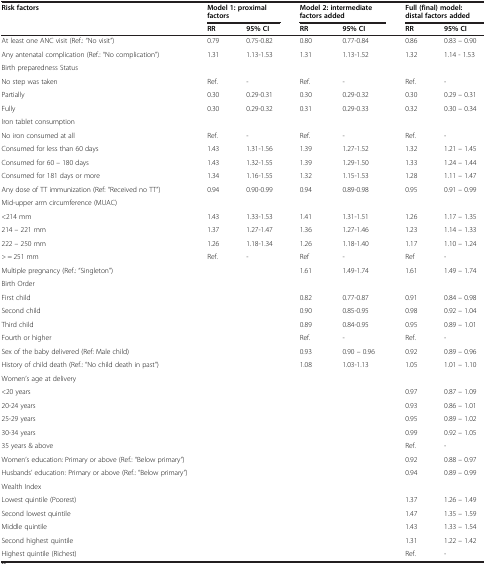
<table><thead><tr><td rowspan="2"><b>Risk factors</b></td><td colspan="2"><b>Model 1: proximal factors</b></td><td colspan="2"><b>Model 2: intermediate factors added</b></td><td colspan="2"><b>Full (final) model: distal factors added</b></td></tr><tr><td><b>RR</b></td><td><b>95% CI</b></td><td><b>RR</b></td><td><b>95% CI</b></td><td><b>RR</b></td><td><b>95% CI</b></td></tr></thead><tbody><tr><td>At least one ANC visit (Ref.: “No visit”)</td><td>0.79</td><td>0.75-0.82</td><td>0.80</td><td>0.77-0.84</td><td>0.86</td><td>0.83 – 0.90</td></tr><tr><td>Any antenatal complication (Ref.: “No complication”)</td><td>1.31</td><td>1.13-1.53</td><td>1.31</td><td>1.13-1.52</td><td>1.32</td><td>1.14 - 1.53</td></tr><tr><td>Birth preparedness Status</td><td> </td><td> </td><td> </td><td> </td><td> </td><td> </td></tr><tr><td>No step was taken</td><td>Ref.</td><td>-</td><td>Ref.</td><td>-</td><td>Ref.</td><td>-</td></tr><tr><td>Partially</td><td>0.30</td><td>0.29-0.31</td><td>0.30</td><td>0.29-0.32</td><td>0.30</td><td>0.29 – 0.31</td></tr><tr><td>Fully</td><td>0.30</td><td>0.29-0.32</td><td>0.31</td><td>0.29-0.33</td><td>0.32</td><td>0.30 – 0.34</td></tr><tr><td>Iron tablet consumption</td><td> </td><td> </td><td> </td><td> </td><td> </td><td> </td></tr><tr><td>No iron consumed at all</td><td>Ref.</td><td>-</td><td>Ref.</td><td>-</td><td>Ref.</td><td>-</td></tr><tr><td>Consumed for less than 60 days</td><td>1.43</td><td>1.31-1.56</td><td>1.39</td><td>1.27-1.52</td><td>1.32</td><td>1.21 – 1.45</td></tr><tr><td>Consumed for 60 – 180 days</td><td>1.43</td><td>1.32-1.55</td><td>1.39</td><td>1.29-1.50</td><td>1.33</td><td>1.24 – 1.44</td></tr><tr><td>Consumed for 181 days or more</td><td>1.34</td><td>1.16-1.55</td><td>1.32</td><td>1.15-1.53</td><td>1.28</td><td>1.11 – 1.47</td></tr><tr><td>Any dose of TT immunization (Ref: “Received no TT”)</td><td>0.94</td><td>0.90-0.99</td><td>0.94</td><td>0.89-0.98</td><td>0.95</td><td>0.91 – 0.99</td></tr><tr><td>Mid-upper arm circumference (MUAC)</td><td> </td><td> </td><td> </td><td> </td><td> </td><td> </td></tr><tr><td>&lt;214 mm</td><td>1.43</td><td>1.33-1.53</td><td>1.41</td><td>1.31-1.51</td><td>1.26</td><td>1.17 – 1.35</td></tr><tr><td>214 – 221 mm</td><td>1.37</td><td>1.27-1.47</td><td>1.36</td><td>1.27-1.46</td><td>1.23</td><td>1.14 – 1.33</td></tr><tr><td>222 – 250 mm</td><td>1.26</td><td>1.18-1.34</td><td>1.26</td><td>1.18-1.40</td><td>1.17</td><td>1.10 – 1.24</td></tr><tr><td>&gt; = 251 mm</td><td>Ref.</td><td>-</td><td>Ref</td><td>-</td><td>Ref</td><td>-</td></tr><tr><td>Multiple pregnancy (Ref.: “Singleton”)</td><td> </td><td> </td><td>1.61</td><td>1.49-1.74</td><td>1.61</td><td>1.49 – 1.74</td></tr><tr><td>Birth Order</td><td> </td><td> </td><td> </td><td> </td><td> </td><td> </td></tr><tr><td>First child</td><td> </td><td> </td><td>0.82</td><td>0.77-0.87</td><td>0.91</td><td>0.84 – 0.98</td></tr><tr><td>Second child</td><td> </td><td> </td><td>0.90</td><td>0.85-0.95</td><td>0.98</td><td>0.92 – 1.04</td></tr><tr><td>Third child</td><td> </td><td> </td><td>0.89</td><td>0.84-0.95</td><td>0.95</td><td>0.89 – 1.01</td></tr><tr><td>Fourth or higher</td><td> </td><td> </td><td>Ref.</td><td>-</td><td>Ref.</td><td>-</td></tr><tr><td>Sex of the baby delivered (Ref: Male child)</td><td> </td><td> </td><td>0.93</td><td>0.90 – 0.96</td><td>0.92</td><td>0.89 – 0.96</td></tr><tr><td>History of child death (Ref.: “No child death in past”)</td><td> </td><td> </td><td>1.08</td><td>1.03-1.13</td><td>1.05</td><td>1.01 – 1.10</td></tr><tr><td>Women’s age at delivery</td><td> </td><td> </td><td> </td><td> </td><td> </td><td> </td></tr><tr><td>&lt;20 years</td><td> </td><td> </td><td> </td><td> </td><td>0.97</td><td>0.87 – 1.09</td></tr><tr><td>20-24 years</td><td> </td><td> </td><td> </td><td> </td><td>0.93</td><td>0.86 – 1.01</td></tr><tr><td>25-29 years</td><td> </td><td> </td><td> </td><td> </td><td>0.95</td><td>0.89 – 1.02</td></tr><tr><td>30-34 years</td><td> </td><td> </td><td> </td><td> </td><td>0.99</td><td>0.92 – 1.05</td></tr><tr><td>35 years &amp; above</td><td> </td><td> </td><td> </td><td> </td><td>Ref.</td><td>-</td></tr><tr><td>Women’s education: Primary or above (Ref.: “Below primary”)</td><td> </td><td> </td><td> </td><td> </td><td>0.92</td><td>0.88 – 0.97</td></tr><tr><td>Husbands’ education: Primary or above (Ref.: “Below primary”)</td><td> </td><td> </td><td> </td><td> </td><td>0.94</td><td>0.89 – 0.99</td></tr><tr><td>Wealth Index</td><td> </td><td> </td><td> </td><td> </td><td> </td><td> </td></tr><tr><td>Lowest quintile (Poorest)</td><td> </td><td> </td><td> </td><td> </td><td>1.37</td><td>1.26 – 1.49</td></tr><tr><td>Second lowest quintile</td><td> </td><td> </td><td> </td><td> </td><td>1.47</td><td>1.35 – 1.59</td></tr><tr><td>Middle quintile</td><td> </td><td> </td><td> </td><td> </td><td>1.43</td><td>1.33 – 1.54</td></tr><tr><td>Second highest quintile</td><td> </td><td> </td><td> </td><td> </td><td>1.31</td><td>1.22 – 1.42</td></tr><tr><td>Highest quintile (Richest)</td><td> </td><td> </td><td> </td><td> </td><td>Ref.</td><td>-</td></tr></tbody></table>